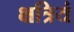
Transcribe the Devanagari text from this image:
क्षत्रियं